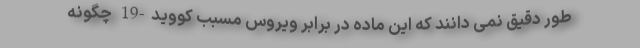
طور دقیق نمی دانند که این ماده در برابر ویروس مسبب کووید-19 چگونه